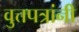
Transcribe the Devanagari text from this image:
वुत्तपत्रांनी